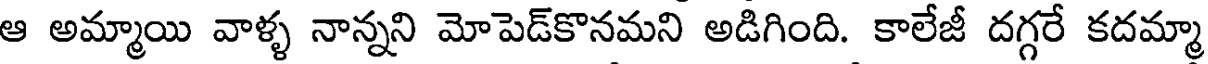
ఆ అమ్మాయి వాళ్ళ నాన్నని మోపెడ్కొనమని అడిగింది. కాలేజీ దగ్గరే కదమ్మా